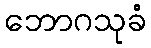
ဘောဂသုခံ